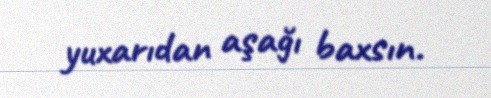
yuxarıdan aşağı baxsın.